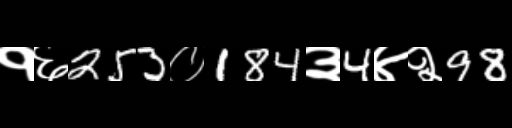
Text: १६253०184३4४२98